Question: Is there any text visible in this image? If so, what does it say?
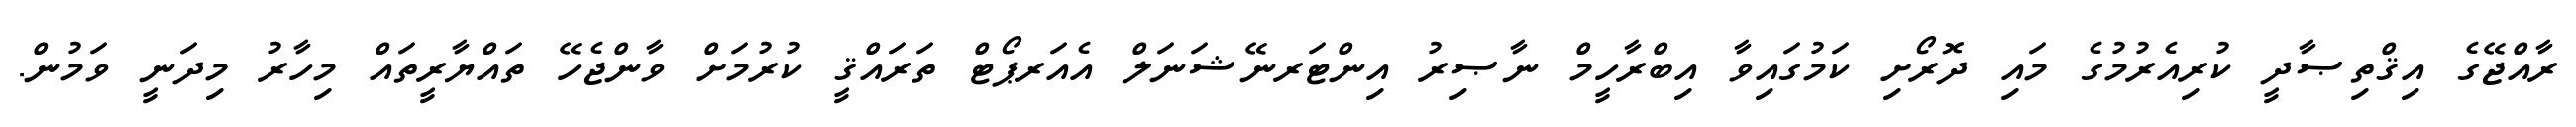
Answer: ރާއްޖޭގެ އިޤްތިޞާދީ ކުރިއެރުމުގެ މައި ދޮރޯށި ކަމުގައިވާ އިބްރާހީމް ނާޞިރު އިންޓަރނޭޝަނަލް އެއަރޕޯޓް ތަރައްޤީ ކުރުމަށް ވާންޖެހޭ ތައްޔާރީތައް މިހާރު މިދަނީ ވަމުން.